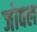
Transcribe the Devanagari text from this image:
जोवल